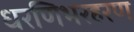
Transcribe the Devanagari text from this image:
धरणिभरहरण